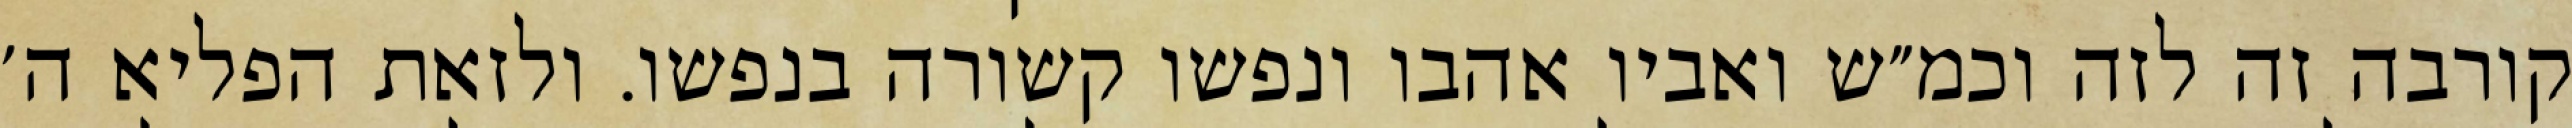
קורבה זה לזה וכמ״ש ואביו אהבו ונפשו קשורה בנפשו. ולזאת הפליא ה׳